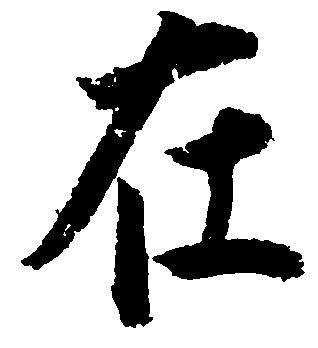
在